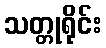
သတ္တုရိုင်း